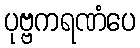
ပုဗ္ဗကရဏံပေ